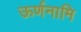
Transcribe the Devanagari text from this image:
ऊर्णनामि